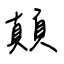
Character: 顛